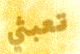
تعبثي